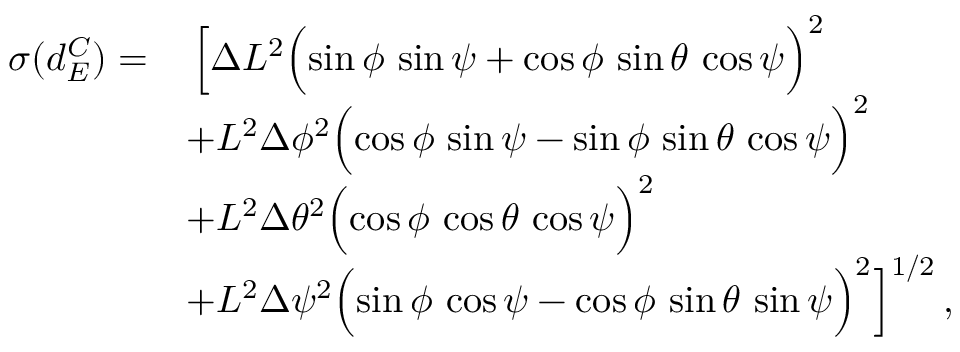
\begin{array} { r l } { \sigma ( d _ { E } ^ { C } ) = } & { \, \Bigl [ \Delta L ^ { 2 } \Bigl ( \sin \phi \, \sin \psi + \cos \phi \, \sin \theta \, \cos \psi \Bigr ) ^ { 2 } } \\ & { + L ^ { 2 } \Delta \phi ^ { 2 } \Bigl ( \cos \phi \, \sin \psi - \sin \phi \, \sin \theta \, \cos \psi \Bigr ) ^ { 2 } } \\ & { + L ^ { 2 } \Delta \theta ^ { 2 } \Bigl ( \cos \phi \, \cos \theta \, \cos \psi \Bigr ) ^ { 2 } } \\ & { + L ^ { 2 } \Delta \psi ^ { 2 } \Bigl ( \sin \phi \, \cos \psi - \cos \phi \, \sin \theta \, \sin \psi \Bigr ) ^ { 2 } \Bigr ] ^ { 1 / 2 } \, , } \end{array}